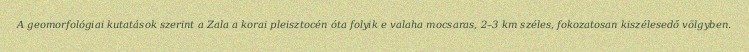
A geomorfológiai kutatások szerint a Zala a korai pleisztocén óta folyik e valaha mocsaras, 2–3 km széles, fokozatosan kiszélesedő völgyben.